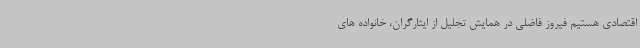
اقتصادی هستیم فیروز فاضلی در همایش تجلیل از ایثارگران، خانواده های